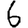
Digit: 6